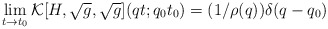
\begin{align*}\lim_{ t \rightarrow t_0} {\cal K}[H,\sqrt{g},\sqrt{g}](qt;q_0t_0) = (1/\rho(q)) \delta (q-q_0) \end{align*}